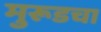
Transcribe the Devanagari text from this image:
मुरूडचा